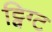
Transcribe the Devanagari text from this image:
ट्विग्ट